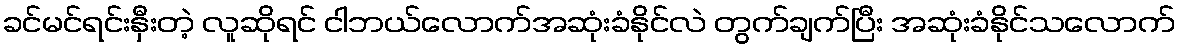
ခင်မင်ရင်းနှီးတဲ့ လူဆိုရင် ငါဘယ်လောက်အဆုံးခံနိုင်လဲ တွက်ချက်ပြီး အဆုံးခံနိုင်သလောက်